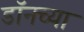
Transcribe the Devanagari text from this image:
डॉनच्या